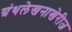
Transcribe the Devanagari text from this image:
ग्रंथलेखनाखेरीज